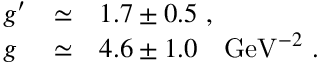
\begin{array} { l l l l } { { g ^ { \prime } } } & { { \simeq } } & { { 1 . 7 \pm 0 . 5 ~ , } } \\ { { g } } & { { \simeq } } & { { 4 . 6 \pm 1 . 0 ~ ~ ~ \mathrm { G e V } ^ { - 2 } ~ . } } \end{array}